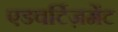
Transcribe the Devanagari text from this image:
एडवर्टिज़मेंट